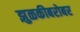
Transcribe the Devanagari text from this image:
झुळकीबरोबर